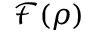
\mathcal { F } ( \rho )